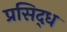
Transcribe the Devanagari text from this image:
प्रसिद्‍ध